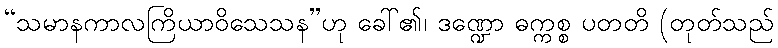
“သမာနကာလကြိယာဝိသေသန”ဟု ခေါ်၏၊ ဒဏ္ဍော ဓက္ကစ္စ ပတတိ (တုတ်သည်